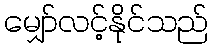
မျှော်လင့်နိုင်သည်